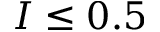
I \leq 0 . 5